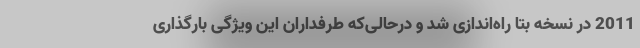
2011 در نسخه بتا راه‌اندازی شد و درحالی‌که طرفداران این ویژگی بارگذاری